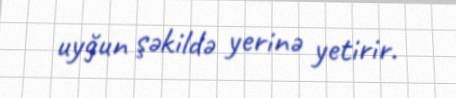
uyğun şəkildə yerinə yetirir.